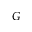
G